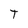
Character: T